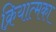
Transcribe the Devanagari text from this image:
क्रियात्मका